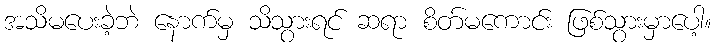
အသိမပေးခဲ့ဘဲ နောက်မှ သိသွားရင် ဆရာ စိတ်မကောင်း ဖြစ်သွားမှာပေါ့။